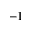
^ { - 1 }